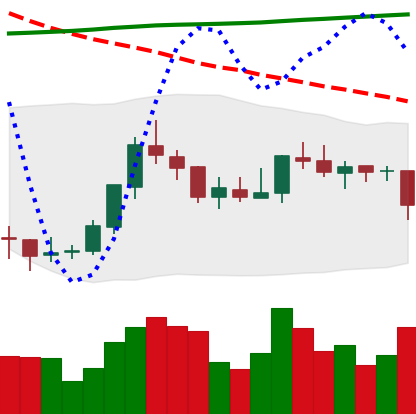
Ticker: EOS-USD
Chart end date: 2018-07-30
Forward return: -10.073%
Label: down_7plus